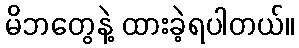
မိဘတွေနဲ့ ထားခဲ့ရပါတယ်။